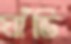
ঘাঁডি